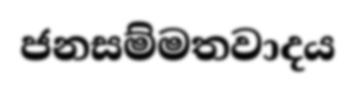
ජනසම්මතවාදය